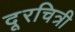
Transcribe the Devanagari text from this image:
दूरचित्री